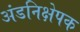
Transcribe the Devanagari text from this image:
अंडनिक्षेपक